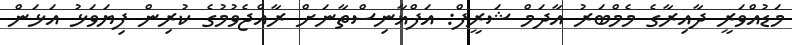
މަޑުއްވަރީ ދާއިރާގެ މެމްބަރު އާދަމް ޝަރީފް: އަފްޣާނިސްތާނަށް ރާއްޖެވުމުގެ ކުރިން ފިޔަވަޅު އަޅަން